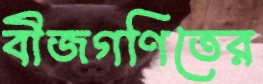
বীজগণিতের